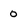
Character: 0